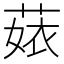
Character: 𦴣